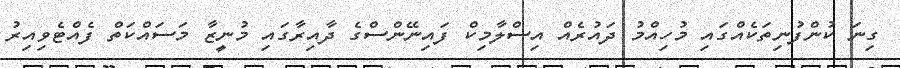
ގިނަ ކުންފުނިތަކެއްގައި މުހިއްމު ދައުރެއް އިސްލާމިކް ފައިނޭންސްގެ ދާއިރާގައި މުނީޒާ މަސައްކަތް ފެއްޓެވިއިރު